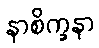
နာစိက္ခနာ